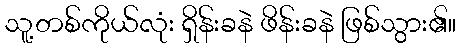
သူ့တစ်ကိုယ်လုံး ရှိန်းခနဲ ဖိန်းခနဲ ဖြစ်သွား၏။